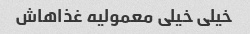
خیلی خیلی معمولیه غذاهاش